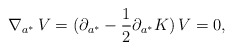
\begin{align*}\nabla_{a^*}\,V=(\partial_{a^*}-{1\over 2}\partial_{a^*}K)\,V=0, \end{align*}